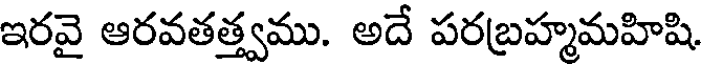
ఇరవై ఆరవతత్త్వము. అదే పరబ్రహ్మమహిషి.